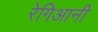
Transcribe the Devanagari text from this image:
रेगिआनी